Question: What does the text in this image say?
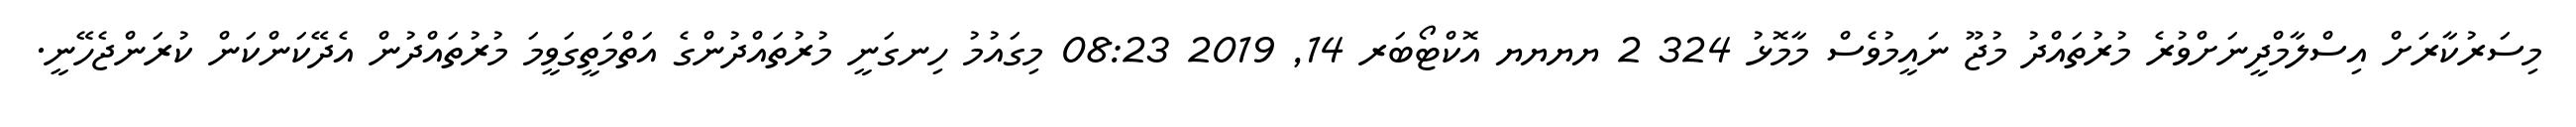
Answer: މިސަރުކާރަށް އިސްލާމްދީނަށްވުރެ މުރުތައްދު މުޖޫ ނައީމުވެސް މާމޮޅު 324 2 ޔޔޔޔ އޮކްޓޯބަރ 14, 2019 08:23 މިގައުމު ހިނގަނީ މުރުތައްދުންގެ އަތްމަތީގަވީމަ މުރުތައްދުން އެދޭކަންކަން ކުރަންޖެހޭނީ.